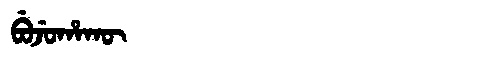
Manchu: ᠪᡠᠵᡠᡥᠠᡴᡡ
Romanization: BUJUHAKŪ